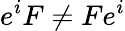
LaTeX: e^{i}F\neq Fe^{i}